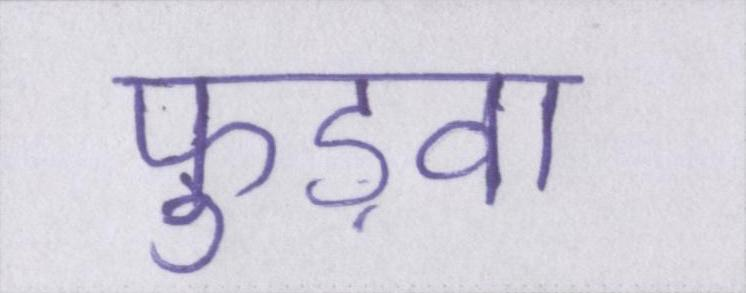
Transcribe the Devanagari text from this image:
फुड़वा